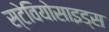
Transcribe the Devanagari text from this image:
स्टेवियोसाइड्स